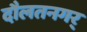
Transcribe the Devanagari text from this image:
दौलतनगर्